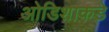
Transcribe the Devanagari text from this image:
ओडिशाकडे